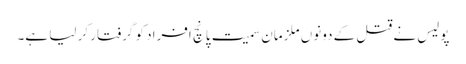
پولیس نے قتل کے دونوں ملزمان سمیت پانچ افراد کو گرفتار کر لیا ہے۔